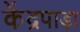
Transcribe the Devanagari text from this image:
केंद्रपाड़ा